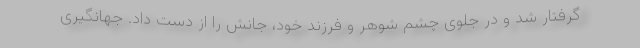
گرفتار شد و در جلوی چشم شوهر و فرزند خود، جانش را از دست داد. جهانگیری